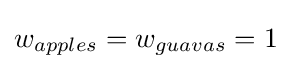
w_{apples}=w_{guavas}=1